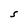
Character: S